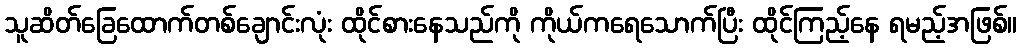
သူဆိတ်ခြေထောက်တစ်ချောင်းလုံး ထိုင်စားနေသည်ကို ကိုယ်ကရေသောက်ပြီး ထိုင်ကြည့်နေ ရမည့်အဖြစ်။